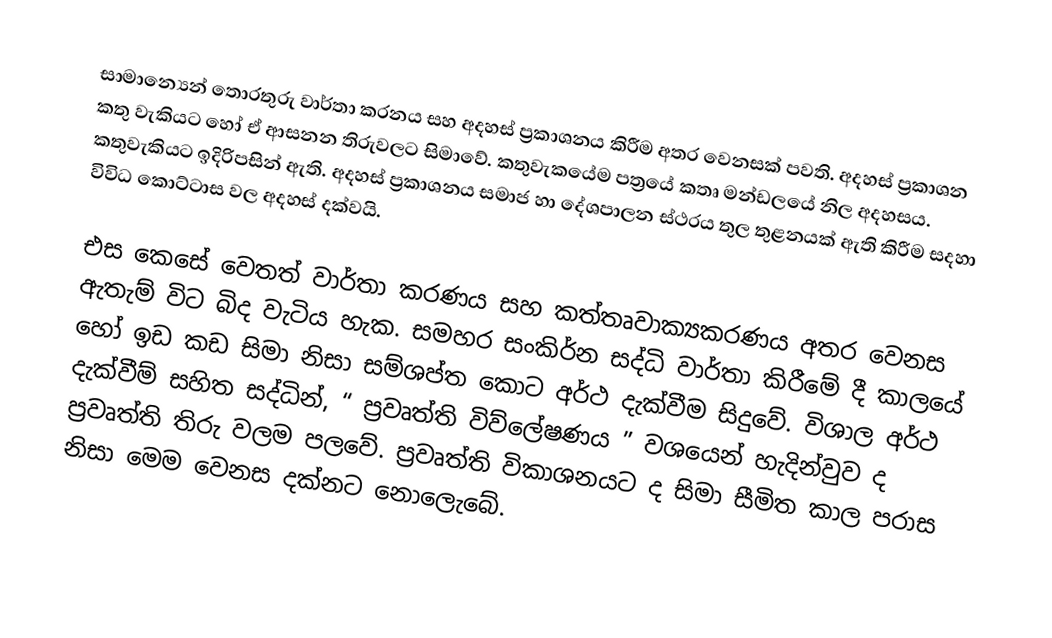
සාමාන්‍යෙන් තොරතුරු වාර්තා කරනය සහ අදහස් ප්‍රකාශනය කිරීම අතර වෙනසක් පවති. අදහස් ප්‍රකාශන කතු වැකියට හෝ ඒ ආසනන තිරුවලට සිමාවේ. කතුවැකයේම පත්‍රයේ කතෘ මන්ඩලයේ නිල අදහසය. කතුවැකියට ඉදිරිපසින් ඇති. අදහස් ප්‍රකාශනය සමාජ හා දේශපාලන ස්ථරය තුල තුළනයක් ඇති කිරීම සදහා විවිධ කොට්ටාස වල අදහස් දක්වයි.

එස  කෙසේ වෙතත් වාර්තා කරණය සහ කත්තෘවාක්‍යකරණය අතර වෙනස ඇතැම් විට බිද වැටිය හැක. සමහර සංකිර්න සද්ධි වාර්තා කිරීමේ දී කාලයේ හෝ ඉඩ කඩ සිමා නිසා සම්ශප්ත කොට අර්ථ දැක්වීම සිදුවේ. විශාල අර්ථ දැක්වීම් සහිත සද්ධින්, “ ප්‍රවෘත්ති විව්ලේෂණය ” වශයෙන් හැදින්වුව ද ප්‍රවෘත්ති තිරු වලම පලවේ. ප්‍රවෘත්ති විකාශනයට ද සිමා සීමිත කාල පරාස නිසා මෙම වෙනස දක්නට නොලෙැබේ.